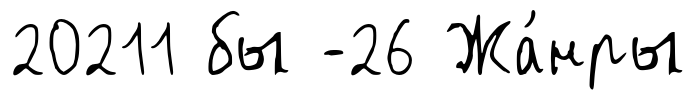
20211 бы -26 Жа́нры